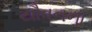
યૌવનના